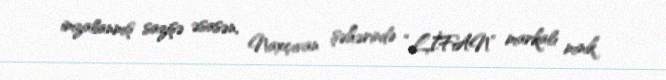
imzalanmış sazişə əsasən, Naxçıvan şəhərində “LİFAN” markalı minik